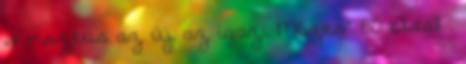
„Krisztus az új, az igazi Mózes” 80 oldal .